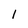
Character: 1